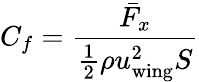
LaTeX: C_{f}=\frac{\bar{F}_{x}}{\frac 12\rho u_{\mathrm{wing}}^{2}S}